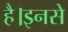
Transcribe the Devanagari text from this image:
है।इनसे